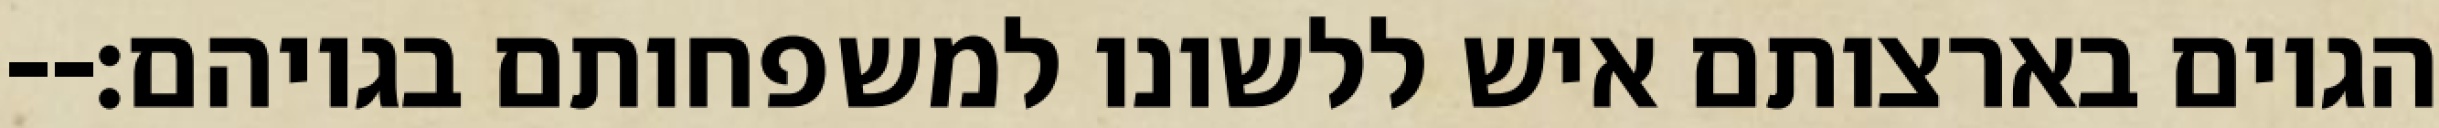
הגוים בארצותם איש ללשונו למשפחותם בגויהם׃--